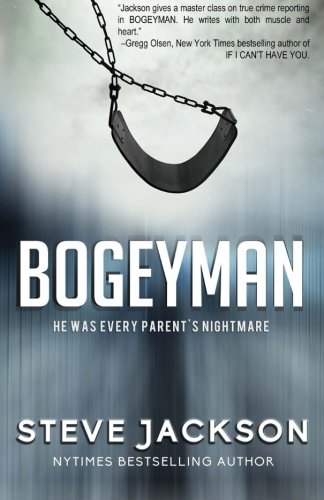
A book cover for Bogeyman; Steve Jackson; Biographies & Memoirs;